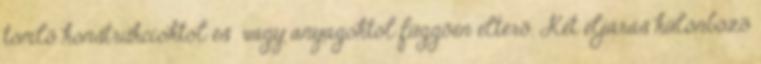
tömlõ konstrukcióktól és vagy anyagoktól függõen eltérõ. Két eljárás különbözõ